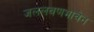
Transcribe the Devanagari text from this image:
जललवणभावेन